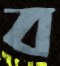
ব